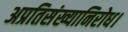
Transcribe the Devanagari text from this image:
अप्रतिसंख्यानिरोध।